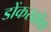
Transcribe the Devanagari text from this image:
डोंकरवॉक